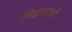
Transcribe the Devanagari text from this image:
सिद्वांतवादी